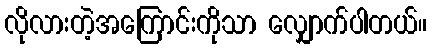
လိုလားတဲ့အကြောင်းကိုသာ လျှောက်ပါတယ်။